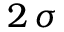
2 \, \sigma